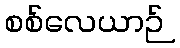
စစ်လေယာဉ်